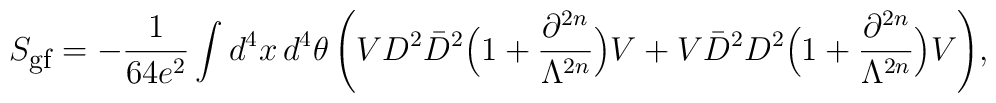
S_{\mbox{\footnotesize gf}} = - \frac{1}{64 e^2}\int d^4x\,d^4\theta\,\Bigg(V D^2 \bar D^2\Big(1 + \frac{\partial^{2n}}{\Lambda^{2n}}\Big) V+ V \bar D^2 D^2\Big(1+ \frac{\partial^{2n}}{\Lambda^{2n}}\Big) V\Bigg),